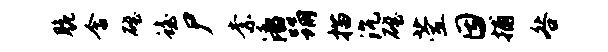
脆含磴蟾尸柰潘踊描沉磴萱因捕咎